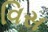
વિસ